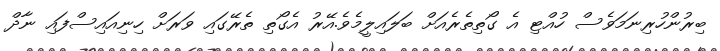
ބިރުންހުރިނަމަވެސް ހުއްޓި އެ ގޯތިތެރެއަށް ބަލައިލީމެވެ.އޭރު އެގޯތި ތެރޭގައި ވަރަށް ހިނިއައިސްފައި ނާދް